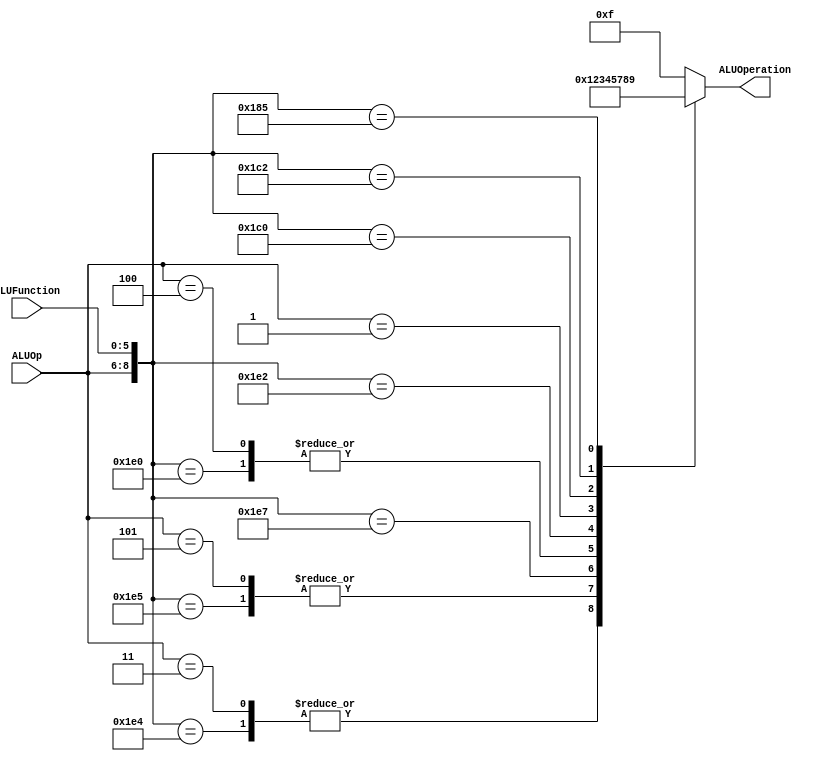
/******************************************************************
* Description
*	This is the control unit for the ALU. It receves an signal called 
*	ALUOp from the control unit and a signal called ALUFunction from
*	the intrctuion field named function.
* Version:
*	1.0
* Author:
*	Dr. Jos Luis Pizano Escalante
* email:
*	luispizano@iteso.mx
* Date:
*	01/03/2014
******************************************************************/
module ALUControl
(
	input [2:0] ALUOp,
	input [5:0] ALUFunction, //es el FUNCT
	output [3:0] ALUOperation

);

localparam R_Type_AND    = 9'b111_100100;
localparam R_Type_OR     = 9'b111_100101;
localparam R_Type_NOR    = 9'b111_100111;
localparam R_Type_ADD    = 9'b111_100000;
localparam I_Type_ADDI   = 9'b100_xxxxxx;
localparam I_Type_ORI    = 9'b101_xxxxxx;
localparam I_Type_LUI    = 9'b001_xxxxxx;
localparam R_Type_SLL    = 9'b111_000000;
localparam R_Type_SRL    = 9'b111_000010;
localparam R_Type_SUB    = 9'b111_100010;
localparam R_Type_ANDI   = 9'b011_xxxxxx;
localparam I_Type_BEQ    = 9'b010_000100;
localparam I_Type_BNE    = 9'b110_000101;

reg [3:0] ALUControlValues;
wire [8:0] Selector;

assign Selector = {ALUOp, ALUFunction};

always@(Selector)begin
	casex(Selector)
		R_Type_AND:    ALUControlValues = 4'b0000;
		R_Type_ANDI:	ALUControlValues = 4'b0000;
		R_Type_OR: 		ALUControlValues = 4'b0001;
		I_Type_ORI: 	ALUControlValues = 4'b0001;
		R_Type_NOR:    ALUControlValues = 4'b0010;
		R_Type_ADD: 	ALUControlValues = 4'b0011;
		I_Type_ADDI:   ALUControlValues = 4'b0011;
		R_Type_SUB:		ALUControlValues = 4'b0100;
		I_Type_LUI: 	ALUControlValues = 4'b0101;
		I_Type_BEQ:		ALUControlValues = 4'b1111;
		R_Type_SLL:		ALUControlValues = 4'b0111;
		R_Type_SRL:		ALUControlValues = 4'b1000;
		I_Type_BNE: 	ALUControlValues = 4'b1001;
		
		
		default: 		ALUControlValues = 4'b1111;
	endcase
end

assign ALUOperation = ALUControlValues;

endmodule